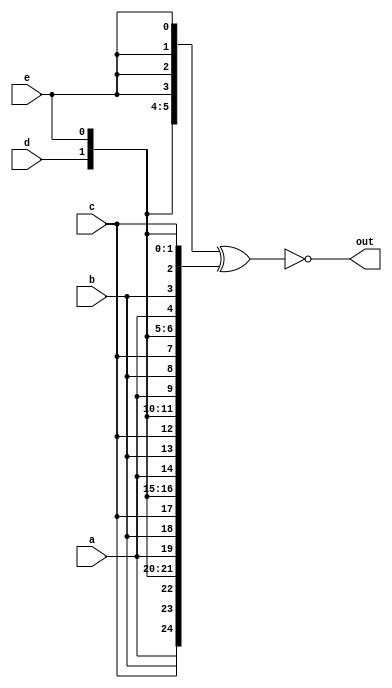
module top_module (
    input wire a, b, c, d, e,
    output wire [24:0] out 
);

    reg [24:0] vec1, vec2;
    
    assign vec1 = {{5{a}}, {5{b}}, {5{c}}, {5{d}}, {5{e}}};
    assign vec2 = {5{a, b, c, d, e}};
    
    assign out = ~ (vec1 ^ vec2);
    
endmodule